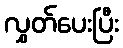
လွှတ်ပေးပြီး